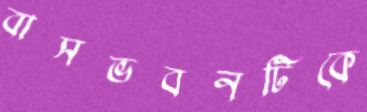
বাসভবনটিকে